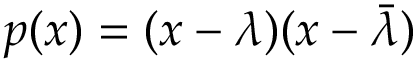
p ( x ) = ( x - \lambda ) ( x - { \bar { \lambda } } )